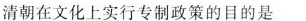
清朝在文化上实行专制政策的目的是___